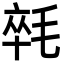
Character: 㲞